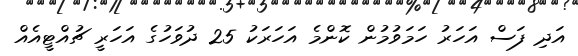
އަދި ފަސް އަހަރު ހަމަވުމުން ކޮންމެ އަހަރަކު 25 ދުވަހުގެ އަހަރީ ޗުއްޓީއެއް